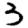
Digit: 3